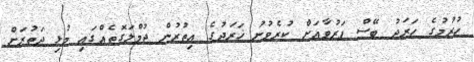
ހުރުމުގެ ހަރަދު ބޭސް ފަރުވާއަށް ކުރެވުނު ޚަރަދުގެ އިތުރުން ޖުމްލަގޮތެއްގައި މުޅި ދަތުރަށް